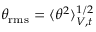
\theta _ { \mathrm { r m s } } = \langle \theta ^ { 2 } \rangle _ { V , t } ^ { 1 / 2 }